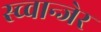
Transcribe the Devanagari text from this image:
स्च्वान्जेर